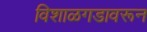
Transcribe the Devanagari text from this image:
विशाळगडावरून